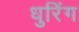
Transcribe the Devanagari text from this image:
धुरिंग